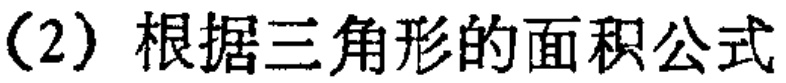
（2）根据三角形的面积公式